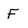
Character: F